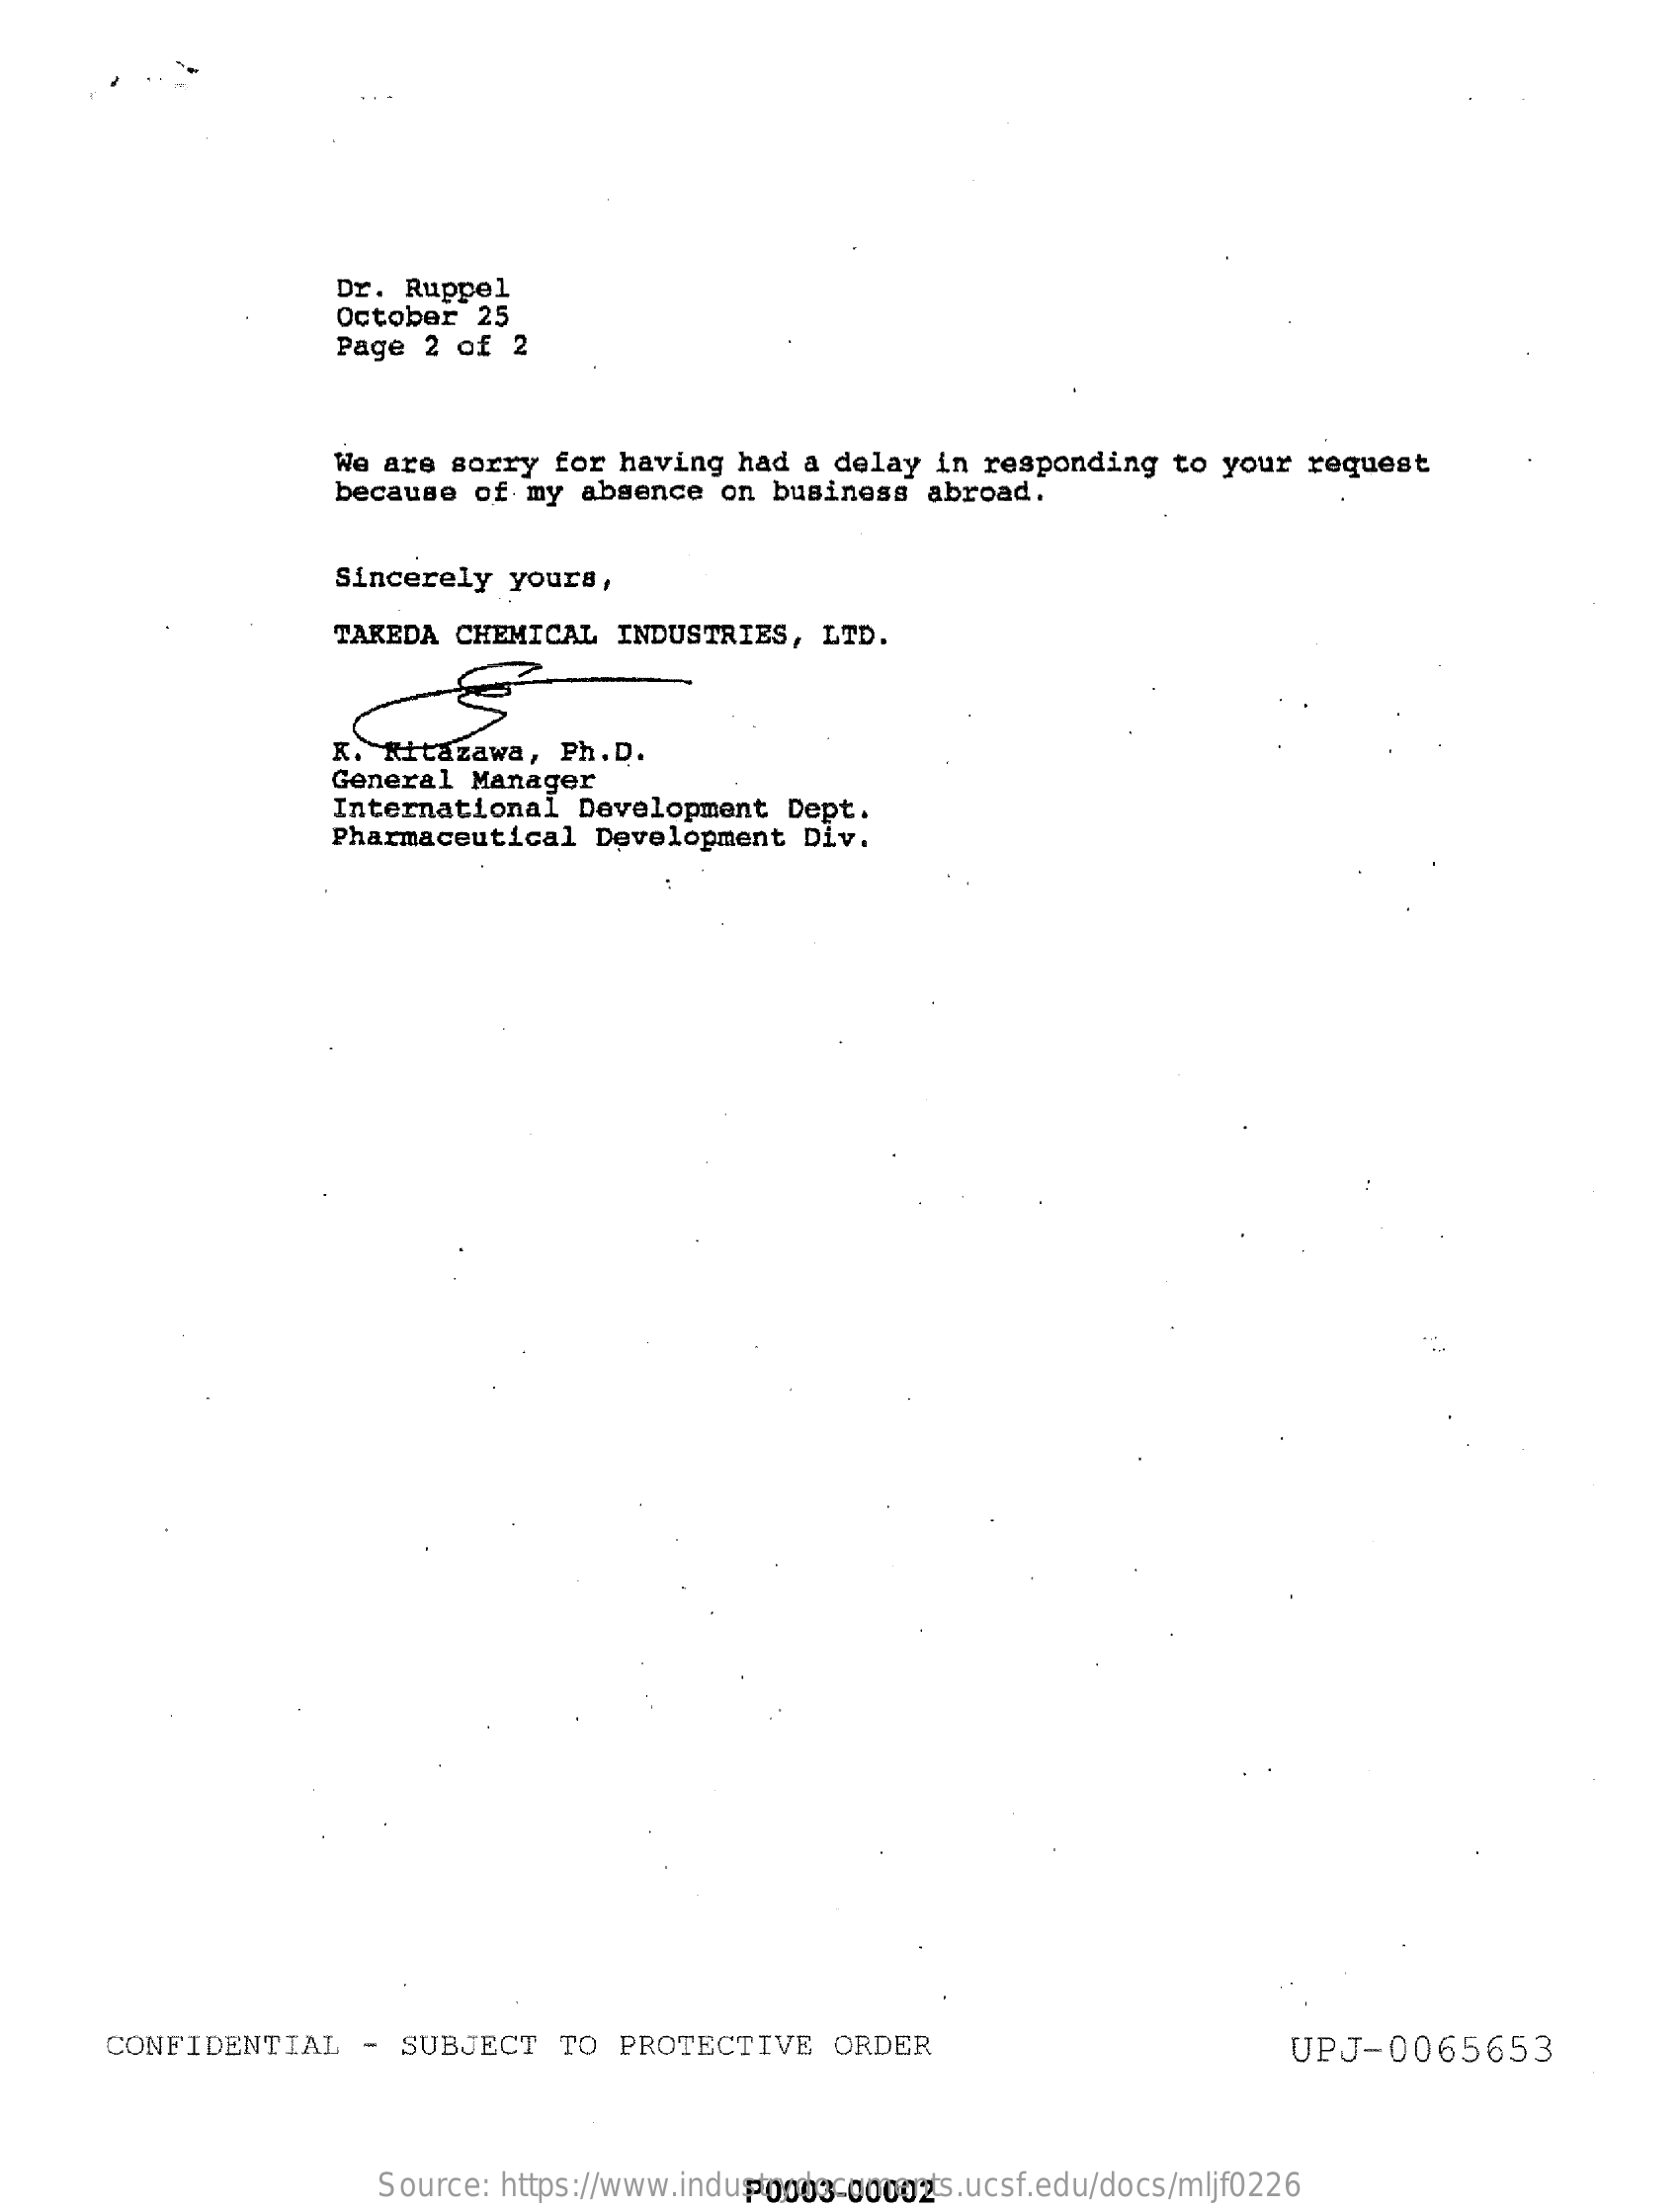
Dr. Ruppel
     October   25
     Page  2  of  2
     We are  sorry   for  having   had  a delay   in  responding    to  your  request
     because   of  my  absence    on  business   abroad.
     Sincerely    yours,
     TAKEDA  CHEMICAL    INDUSTRIES,    LTD.
     K.  Kitazawa,    Ph.D.
     General    Manager
     International    Development    Dept.
     Pharmaceutical    Development    Div.
     CONFIDENTIAL    - SUBJECT    TO  PROTECTIVE    ORDER    UPJ-0065653
     Source:   https://www.industrydocuments.ucsf.edu/docs/mljf0226 P0003-00002